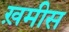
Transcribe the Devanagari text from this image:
ख़मीस